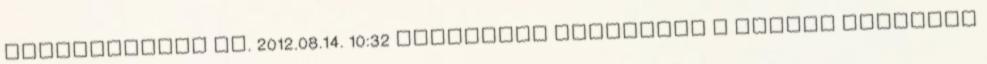
tehervonatok en. 2012.08.14. 10:32 Szlovákia kiszállna a széles nyomtávú